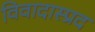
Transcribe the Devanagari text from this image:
विवादास्प्रद